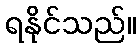
ရနိုင်သည်။